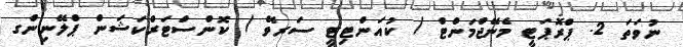
ނުވަތަ 2. ޕްރޮޕަޓީ މެނޭޖްމަންޓް / ކުއަންޓިޓީ ސަރވޭ / ކޮންސްޓަރްކަޝަން ޕްލޭނިންގ